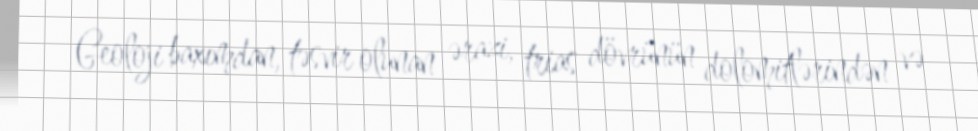
Geoloji baxımdan, təsvir olunan ərazi, trias dövrünün dolomitlərindən və